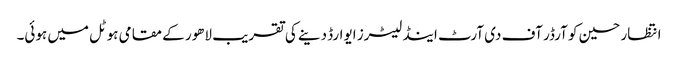
انتظار حسین کو آرڈر آف دی آرٹ اینڈ لیٹرز ایوارڈ دینے کی تقریب لاھور کے مقامی ہوٹل میں ہوئی۔